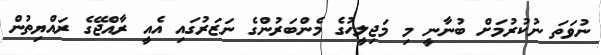
ނުވަތަ ނުކުރުމަށް ބުނާނީ މި މަޖިލީހުގެ މެންބަރުންގެ ނަޒަރުގައި އެއީ ރާއްޖޭގެ ރައްޔިތުން